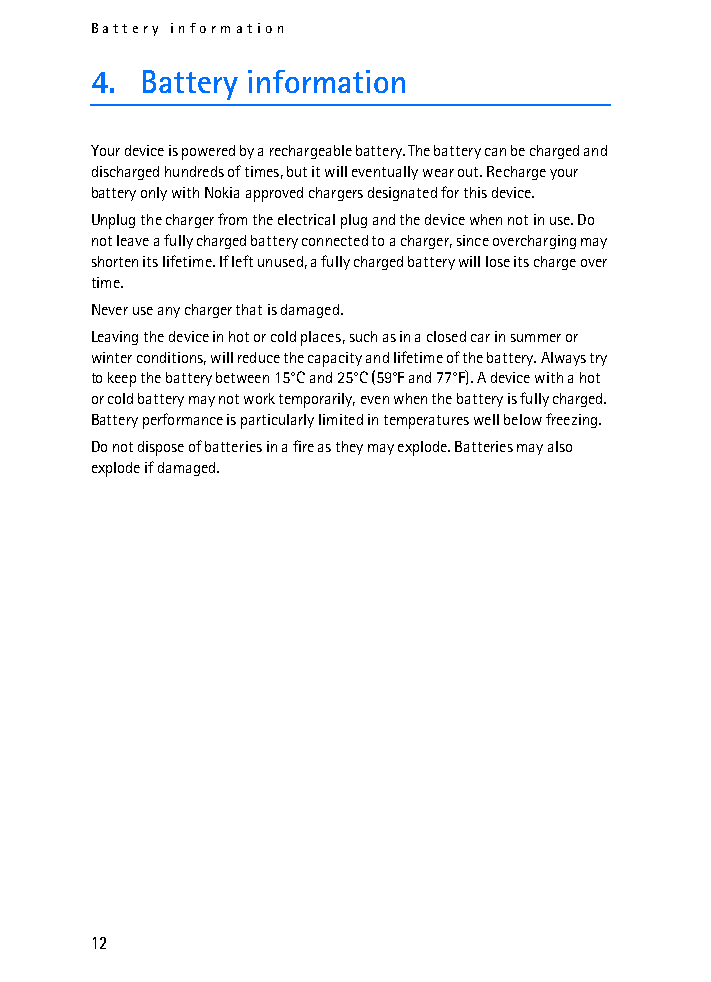
Battery information
 4. Battery information
 Your device is powered by a rechargeable battery. The battery can be charged and
 discharged hundreds of times, but it will eventually wear out. Recharge your
 battery only with Nokia approved chargers designated for this device.
 Unplug the charger from the electrical plug and the device when not in use. Do
 not leave a fully charged battery connected to a charger, since overcharging may
 shorten its lifetime. If left unused, a fully charged battery will lose its charge over
 time.
 Never use any charger that is damaged.
 Leaving the device in hot or cold places, such as in a closed car in summer or
 winter conditions, will reduce the capacity and lifetime of the battery. Always try
 to keep the battery between 15°C and 25°C (59°F and 77°F). A device with a hot
 or cold battery may not work temporarily, even when the battery is fully charged.
 Battery performance is particularly limited in temperatures well below freezing.
 Do not dispose of batteries in a fire as they may explode. Batteries may also
 explode if damaged.
 12